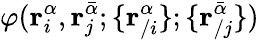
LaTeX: \varphi(\mathbf{r}_{i}^{\alpha},\mathbf{r}_{j}^{\bar{\alpha}};\{ \mathbf{r}_{/i}^{\alpha}\} ;\{ \mathbf{r}_{/j}^{\bar{\alpha}}\} )